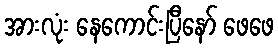
အားလုံး နေကောင်းပြီနော် ဖေဖေ